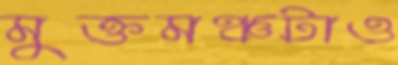
মুক্তমঞ্চটাও